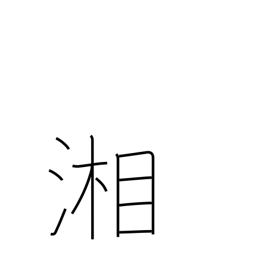
Meaning: the Sagami river